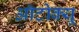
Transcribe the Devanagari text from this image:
ऑटोक्यू